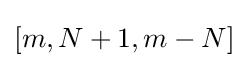
[m,N+1,m-N]